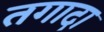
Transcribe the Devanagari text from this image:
तगादा